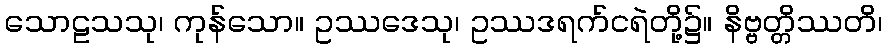
သောဠသသု၊ ကုန်သော။ ဥဿဒေသု၊ ဥဿဒရက်ငရဲတို့၌။ နိဗ္ဗတ္တိဿတိ၊